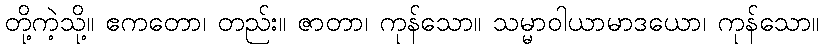
တို့ကဲ့သို့။ ဧကတော၊ တည်း။ ဇာတာ၊ ကုန်သော။ သမ္မာဝါယာမာဒယော၊ ကုန်သော။